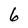
Character: 6